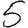
Digit: 5